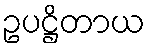
ဥပဋ္ဌိတာယ